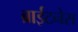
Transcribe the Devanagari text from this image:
ब्राईटनेस